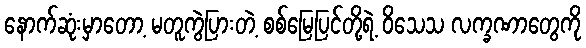
နောက်ဆုံးမှာတော့ မတူကွဲပြားတဲ့ စစ်မြေပြင်တို့ရဲ့ ဝိသေသ လက္ခဏာတွေကို